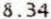
8.34